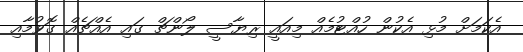
އެކަމަށް މުޅި އެކުން ހުއްޓުމެއް މިއައީ ރިޔާސީ ލޯންޗް ގައި އެއްޗެއް ގޮވުމާއި